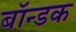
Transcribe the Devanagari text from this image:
बॉन्डक